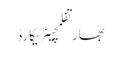
بھارتفلمچینریکارڈ